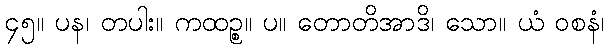
၄၅။ ပန၊ တပါး။ ကထဉ္စ။ ပ။ တောတိအာဒိ၊ သော။ ယံ ဝစနံ၊